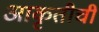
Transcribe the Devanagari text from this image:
आकृतीची